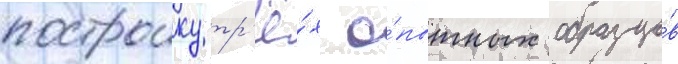
построику тр'ё́х о́пытных образцо́в